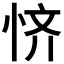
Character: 𫺊